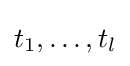
t_{1},\dots ,t_{l}